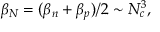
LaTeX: \beta _ { N } = ( \beta _ { n } + \beta _ { p } ) / 2 \sim N _ { c } ^ { 3 } ,